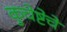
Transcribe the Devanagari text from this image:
कुचेष्टेचे